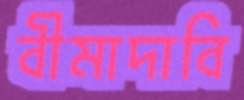
বীমাদাবি